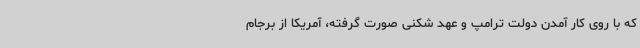
که با روی کار آمدن دولت ترامپ و عهد شکنی صورت گرفته، آمریکا از برجام